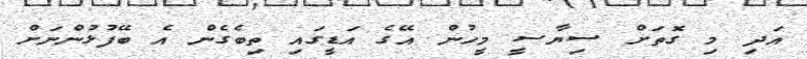
އަދި މި ގޮތަށް ސިޔާސީ މީހުން އޭގެ އަޑީގައި ތިބެގެން އެ ބޭފުޅުންނަށް